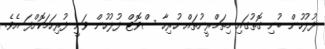
ފުލުހުން ބުނި ގޮތުގައި މިތަމްރީނުތައް ހުރިހާ ސްވޮޓް ފުލުހުން ވަނީ ފުރިހަމަކޮށްފަ އެވެ.